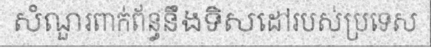
សំណួរពាក់ព័ន្ធនឹងទិសដៅរបស់ប្រទេស